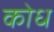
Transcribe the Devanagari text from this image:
कोध